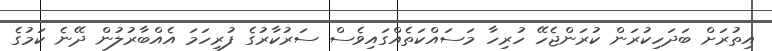
އިތުރަށް ބަދަހިކުރަން ކުރަންޖެހޭ ހުރިހާ މަސައްކަތެއްގައިވެސް ސަރުކާރުގެ ފުރިހަމަ އެއްބާރުލުން ދޭނެ ކަމުގެ